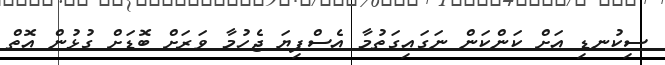
ސިކުނޑި އަށް ކަންކަން ނަގައިގަތުމާ އެސްފިޔަ ޖެހުމާ ވަރަށް ބޮޑަށް ގުޅުން އޮތް